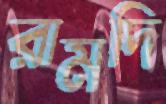
রামদি